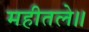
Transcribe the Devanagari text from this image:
महीतले॥